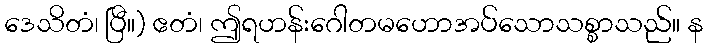
ဒေသိတံ၊ ပြီ။) ဧတံ၊ ဤရဟန်းဂေါတမဟောအပ်သောသစ္စာသည်။ န